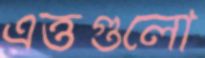
এত্তগুলো